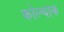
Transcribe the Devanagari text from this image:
कोल्चाक